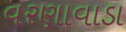
વરણાવાડા